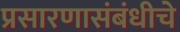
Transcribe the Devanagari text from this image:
प्रसारणासंबंधीचे